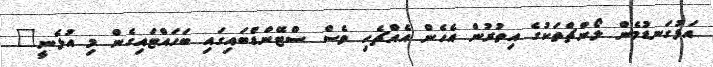
އަޅުގަނޑުމެން ލޯންޗްތަކުގެ އިތުރުން އެހެން އެއްޗެހި ވެސް ސްޓޭންޑްބައިގައި ބަހައްޓައިގެން މި އުޅެނީ"